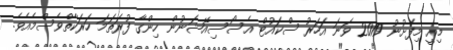
މިއީ މިފެށުނު 2019 ވަނަ އަހަރު ސްކައުޓް އެސޯސިއޭޝަނުން ހިންގާ ފުރަތަމަ ހަރަކާތްވެސްމެއެވެ.